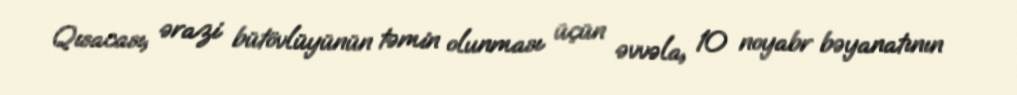
Qısacası, ərazi bütövlüyünün təmin olunması üçün əvvəla, 10 noyabr bəyanatının